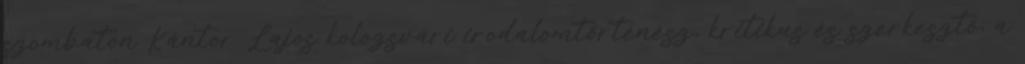
szombaton Kántor Lajos kolozsvári irodalomtörténész, kritikus és szerkesztő, a